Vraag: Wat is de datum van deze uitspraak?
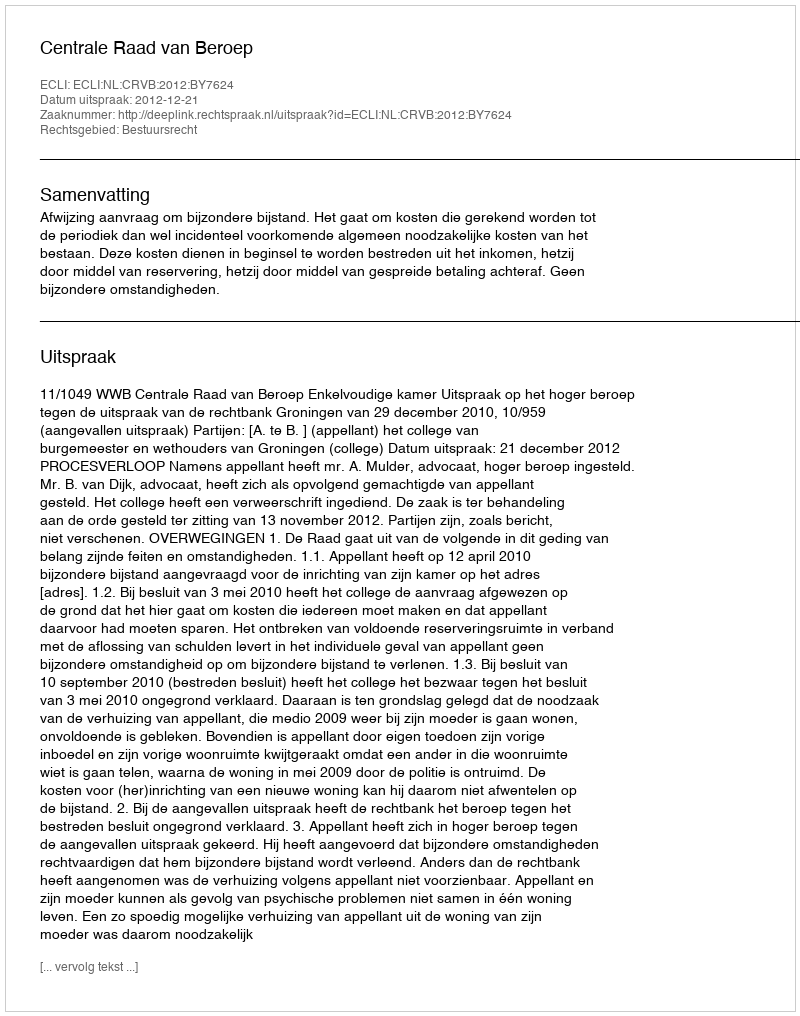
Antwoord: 2012-12-21